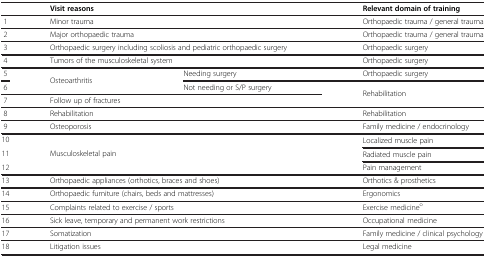
<table><thead><tr><td>[EMPTY_CELL]</td><td colspan="2"><b>Visit reasons</b></td><td><b>Relevant domain of training</b></td></tr></thead><tbody><tr><td>1</td><td colspan="2">Minor trauma</td><td>Orthopaedic trauma / general trauma</td></tr><tr><td>2</td><td colspan="2">Major orthopaedic trauma</td><td>Orthopaedic trauma / general trauma</td></tr><tr><td>3</td><td colspan="2">Orthopaedic surgery including scoliosis and pediatric orthopaedic surgery</td><td>Orthopaedic surgery</td></tr><tr><td>4</td><td colspan="2">Tumors of the musculoskeletal system</td><td>Orthopaedic surgery</td></tr><tr><td>5</td><td rowspan="2">Osteoarthritis</td><td>Needing surgery</td><td>Orthopaedic surgery</td></tr><tr><td>6</td><td>Not needing or S/P surgery</td><td rowspan="2">Rehabilitation</td></tr><tr><td>7</td><td colspan="2">Follow up of fractures</td></tr><tr><td>8</td><td colspan="2">Rehabilitation</td><td>Rehabilitation</td></tr><tr><td>9</td><td colspan="2">Osteoporosis</td><td>Family medicine / endocrinology</td></tr><tr><td>10</td><td colspan="2" rowspan="3">Musculoskeletal pain</td><td>Localized muscle pain</td></tr><tr><td>11</td><td>Radiated muscle pain</td></tr><tr><td>12</td><td>Pain management</td></tr><tr><td>13</td><td colspan="2">Orthopaedic appliances (orthotics, braces and shoes)</td><td>Orthotics &amp; prosthetics</td></tr><tr><td>14</td><td colspan="2">Orthopaedic furniture (chairs, beds and mattresses)</td><td>Ergonomics</td></tr><tr><td>15</td><td colspan="2">Complaints related to exercise / sports</td><td>Exercise medicine<sup>o</sup></td></tr><tr><td>16</td><td colspan="2">Sick leave, temporary and permanent work restrictions</td><td>Occupational medicine</td></tr><tr><td>17</td><td colspan="2">Somatization</td><td>Family medicine / clinical psychology</td></tr><tr><td>18</td><td colspan="2">Litigation issues</td><td>Legal medicine</td></tr></tbody></table>